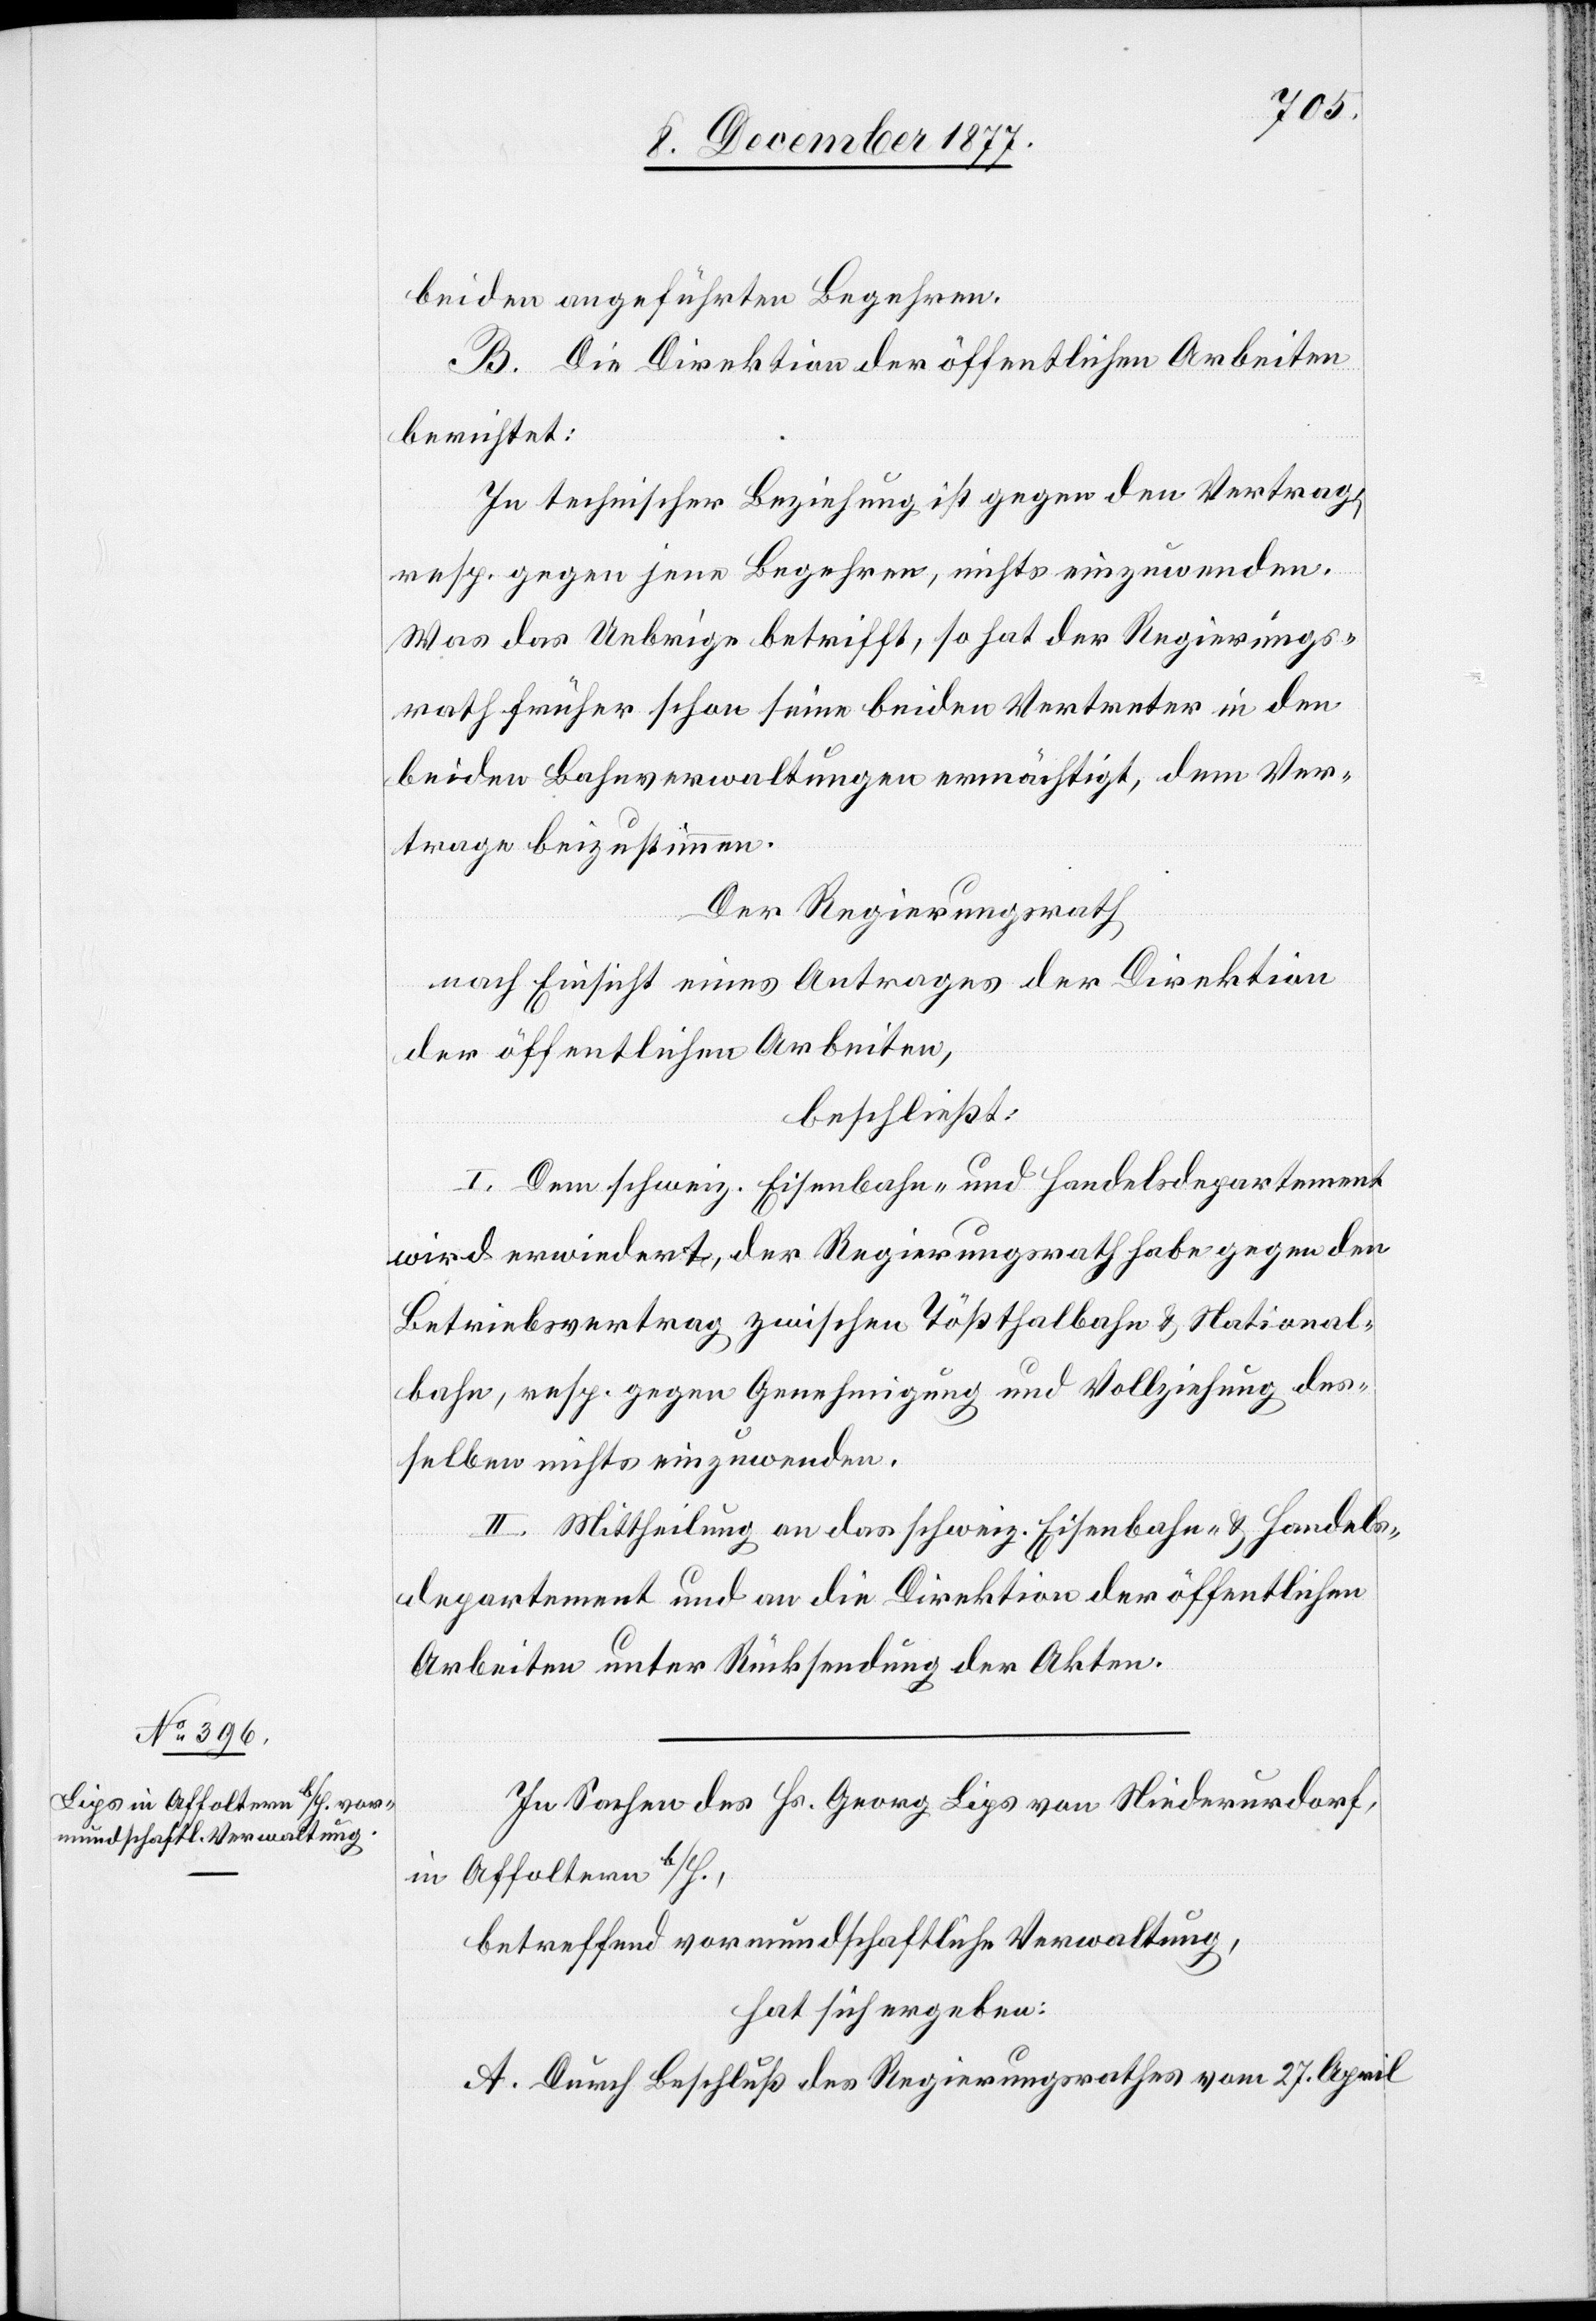
beiden angeführten Begehren.
B. Die Direktion der öffentlichen Arbeiten
berichtet:
In technischer Beziehung ist gegen den Vertrag,
resp. gegen jene Begehren, nichts einzuwenden.
Was das Uebrige betrifft, so hat der Regierungs¬
rath früher schon seine beiden Vertreter in den
beiden Bahnverwaltungen ermächtigt, dem Ver¬
trage beizustimmen.
Der Regierungsrath
nach Einsicht eines Antrages der Direktion
der öffentlichen Arbeiten,
beschließt:
I. Dem schweiz. Eisenbahn- und Handelsdepartement
wird erwiedert, der Regierungsrath habe gegen den
Betriebsvertrag zwischen Tößthalbahn & National¬
bahn, resp. gegen Genehmigung und Vollziehung des¬
selben nichts einzuwenden.
II. Mittheilung an das schweiz. Eisenbahn- & Handels¬
departement und an die Direktion der öffentlichen
Arbeiten unter Rücksendung der Akten.
In Sachen des Hs. Georg Lips von Niederurdorf,
in Affoltern b/H.,
betreffend vormundschaftliche Verwaltung,
hat sich ergeben:
A. Durch Beschluß des Regierungsrathes vom 27. April